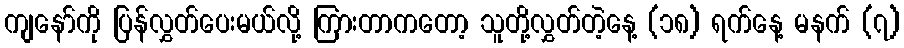
ကျနော်ကို ပြန်လွှတ်ပေးမယ်လို့ ကြားတာကတော့ သူတို့လွှတ်တဲ့နေ့ (၁၈) ရက်နေ့ မနက် (၇)